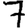
Digit: 7